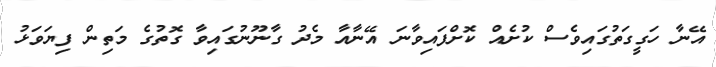
އޭނާ ހަގީގަތުގައިވެސް ކުށެއް ކޮށްފައިވާނަަ އޭނާއާ މެދު ގާނޫނުގައިވާ ގޮތުގެ މަތިން ފިޔަވަޅު